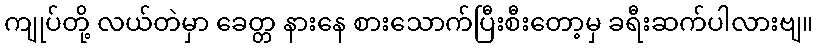
ကျုပ်တို့ လယ်တဲမှာ ခေတ္တ နားနေ စားသောက်ပြီးစီးတော့မှ ခရီးဆက်ပါလားဗျ။